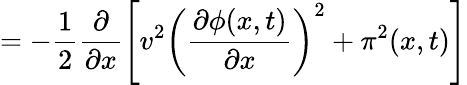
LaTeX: =-\frac{1}{2}\frac{\partial}{\partial x}\left[v^{2}\left(\frac{\partial\phi(x,t)}{\partial x}\right)^{2}+\pi^{2}(x,t)\right]